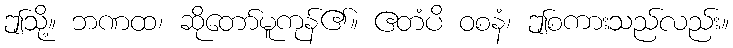
ဤသို့။ ဘဏထ၊ ဆိုတော်မူကုန်၏။ ဧတံပိ ဝစနံ၊ ဤစကားသည်လည်း။